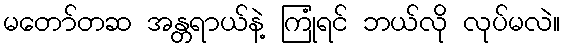
မတော်တဆ အန္တရာယ်နဲ့ ကြုံရင် ဘယ်လို လုပ်မလဲ။